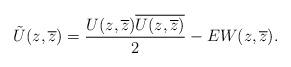
LaTeX: \begin{align*}\tilde{U}(z,\overline{z})=\frac{U(z,\overline{z})\overline{U(z,\overline{z})}}{2}-EW(z,\overline{z}).\end{align*}